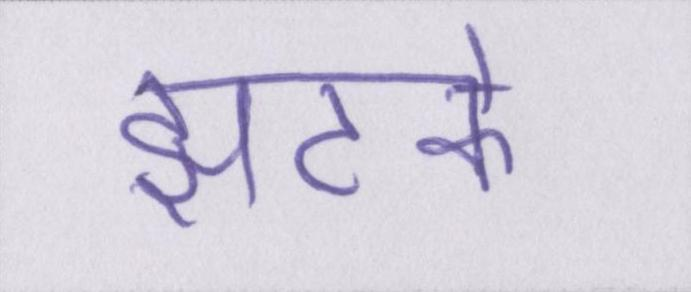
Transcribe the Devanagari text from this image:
झटके